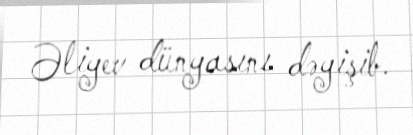
Əliyev dünyasını dəyişib.